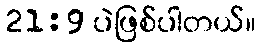
21:9 ပဲဖြစ်ပါတယ်။